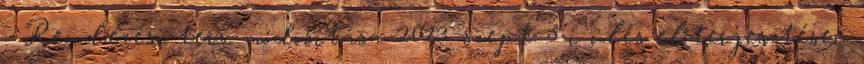
- Rendezési terv módosítása 2013. szept. 5-i ülés előterjesztései: